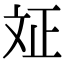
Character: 𭤗